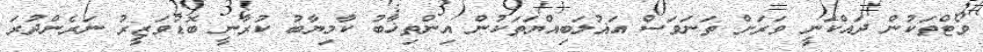
ވޯޓްތަކުން ދައްކަނީ ވަރަށް ތަނަވަސް އަޣުލަބިއްޔަތަކުން އިންތިޚާބު ކާމިޔާބު ކުރާނީ ބޮޑުވަޒީރު ނަރެންދުރަ